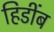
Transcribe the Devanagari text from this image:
हिडींब